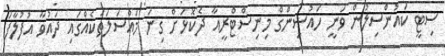
ސިޓީ ކައުންސިލުން ވަނީ ހައުސިންގް މިނިސްޓްރީއާ ދެކޮޅަށް ގިނަ މައްސަލަތަކެއްގައި ދައުވާ އުފުލާފަ